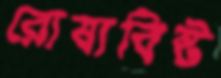
রোষাবিষ্ট